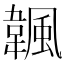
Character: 𩘚